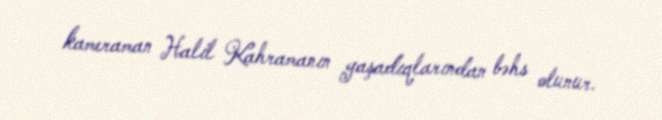
kameraman Halil Kahramanın yaşadıqlarından bəhs olunur.